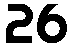
26